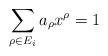
LaTeX: \begin{align*}\sum_{\rho \in E_i} a_\rho x^\rho = 1\end{align*}